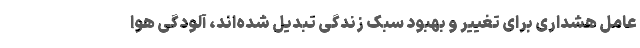
عامل هشداری برای تغییر و بهبود سبک زندگی تبدیل شده‌اند، آلودگی هوا